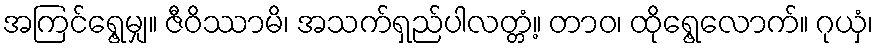
အကြင်ရွေ့မျှ။ ဇီဝိဿာမိ၊ အသက်ရှည်ပါလတ္တံ့။ တာဝ၊ ထိုရွေ့လောက်။ ဂုယှံ၊